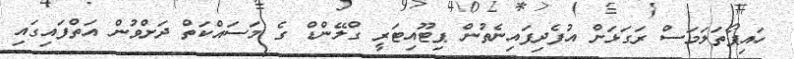
ހައިޕޯތަލަމަސްް ރަގަޅަށް އުފެދިފައިނެތުން ޕިޓޫއިޓަރީ ގްލޭންޑް ގެ މަސައްކަތް ދަށްވުން އަތްފައިގައި